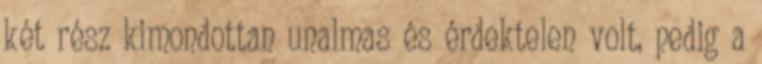
két rész kimondottan unalmas és érdektelen volt, pedig a